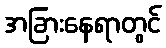
အခြားနေရာတွင်